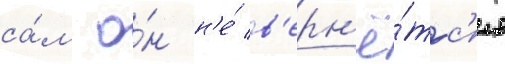
са́м о́н н'е́ в'ерн'ё́тс'я